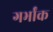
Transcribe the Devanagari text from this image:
गर्भांक